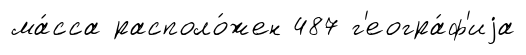
ма́сса располо́жен 487 г'еогра́ф'иjа